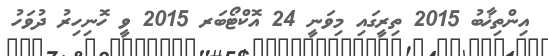
އިންތިޚާބު 2015 ތިރީގައި މިވަނީ 24 އޮކްޓޯބަރ 2015 ވީ ހޮނިހިރު ދުވަހު